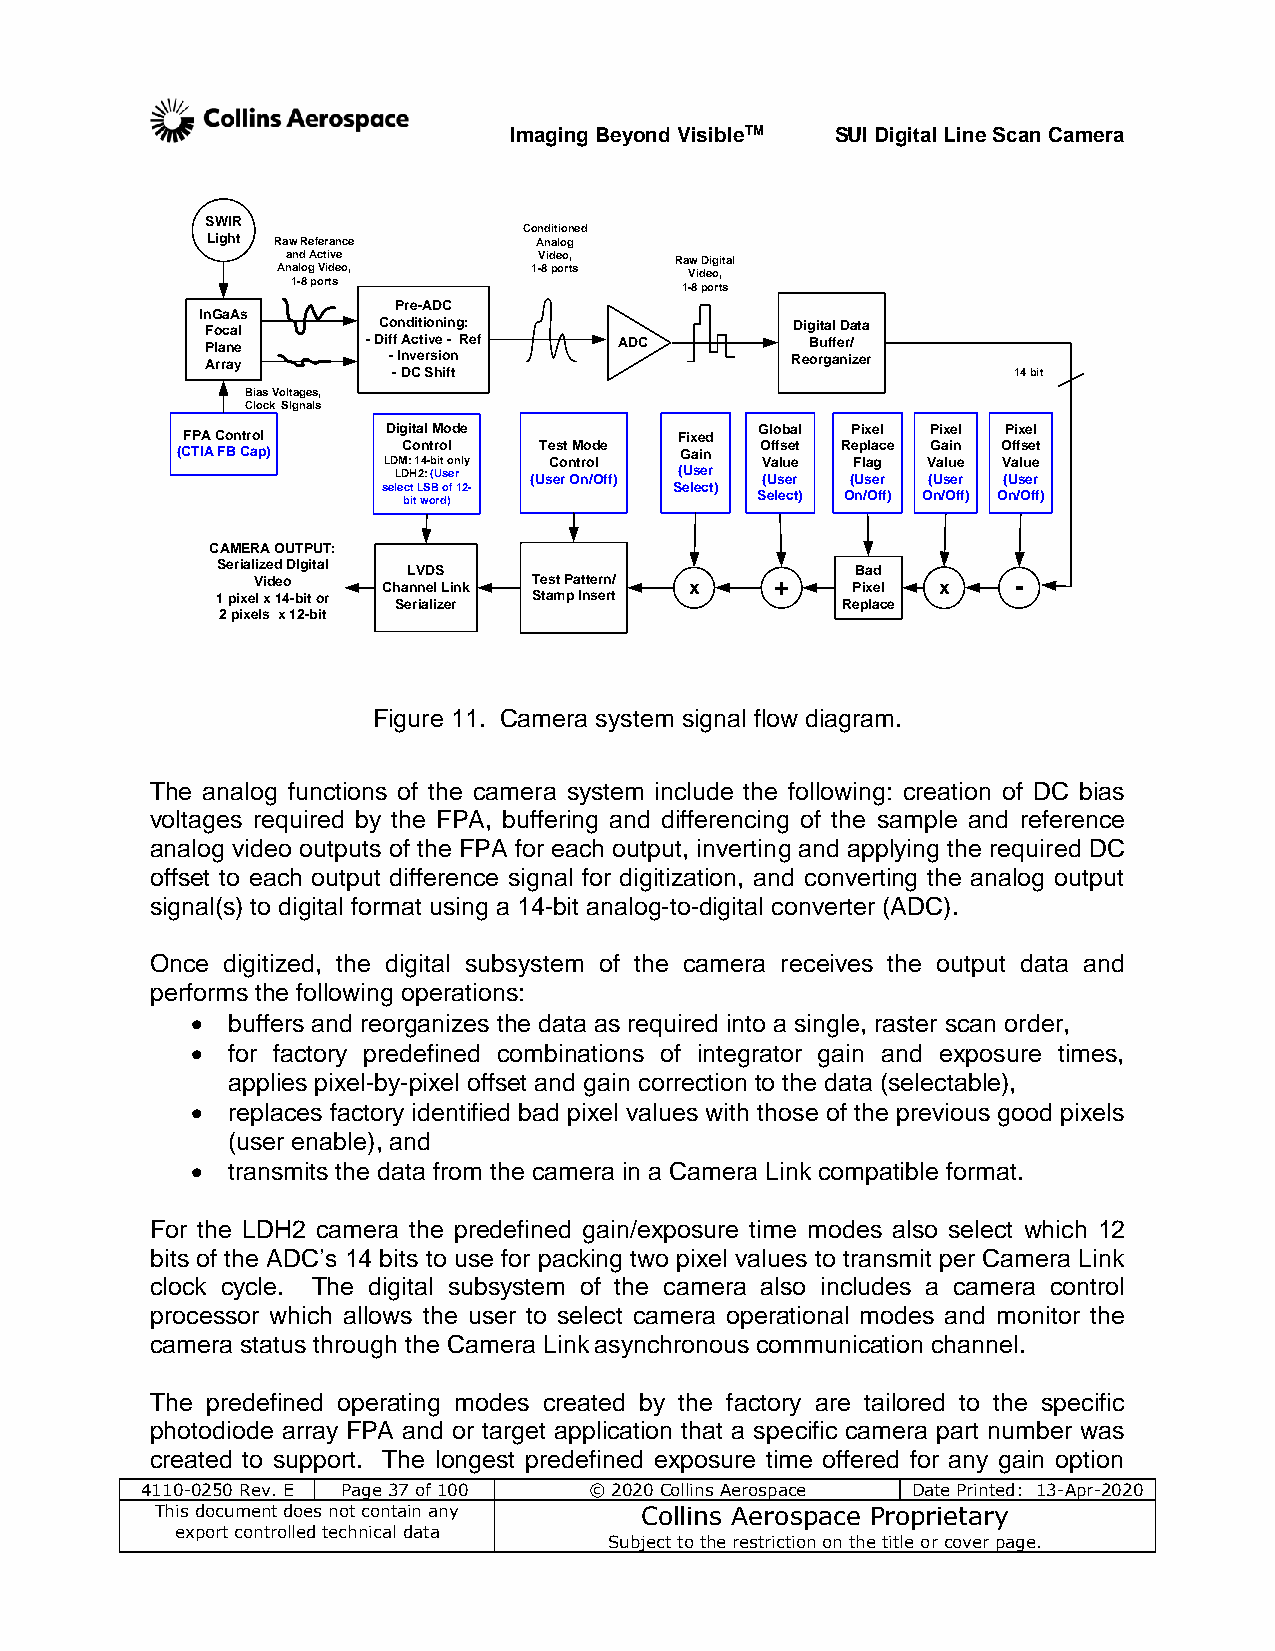
Imaging Beyond VisibleTM SUI Digital Line Scan Camera
 SWIR
 Conditioned
 Light Raw Referance  Analog
 and Active       Video,   Raw Digital
 Analog Video,    1-8 ports  Video,
 1-8 ports                 1-8 ports
 Pre-ADC
 InGaAs
 Focal      Conditioning:               Digital Data
 Plane     - Diff Active - Ref ADC       Buffer/
 Array       - Inversion               Reorganizer
 - DC Shift                               14 bit
 Bias Voltages,
 Clock SIgnals
 Digital Mode            Global Pixel Pixel Pixel
 FPA Control                      Fixed
 Control  Test Mode     Offset Replace Gain Offset
 (CTIA FB Cap)                    Gain
 LDM: 14-bit only Control Value Flag Value Value
 LDH2: (User (User On/Off) (User (User (User (User (User
 select LSB of 12-   Select)
 bit word)              Select) On/Off) On/Off) On/Off)
 CAMERA OUTPUT:
 Serialized DIgital LVDS                    Bad
 Video   Channel Link Test Pattern/ x + Pixel x    -
 1 pixel x 14-bit or Serializer Stamp Insert Replace
 2 pixels x 12-bit
 Figure 11. Camera system signal flow diagram.
 The analog functions of the camera system include the following: creation of DC bias
 voltages required by the FPA, buffering and differencing of the sample and reference
 analog video outputs of the FPA for each output, inverting and applying the required DC
 offset to each output difference signal for digitization, and converting the analog output
 signal(s) to digital format using a 14-bit analog-to-digital converter (ADC).
 Once digitized, the digital subsystem of the camera receives the output data and
 performs the following operations:
  buffers and reorganizes the data as required into a single, raster scan order,
  for factory predefined combinations of integrator gain and exposure times,
 applies pixel-by-pixel offset and gain correction to the data (selectable),
  replaces factory identified bad pixel values with those of the previous good pixels
 (user enable), and
  transmits the data from the camera in a Camera Link compatible format.
 For the LDH2 camera the predefined gain/exposure time modes also select which 12
 bits of the ADC’s 14 bits to use for packing two pixel values to transmit per Camera Link
 clock cycle. The digital subsystem of the camera also includes a camera control
 processor which allows the user to select camera operational modes and monitor the
 camera status through the Camera Link asynchronous communication channel.
 The predefined operating modes created by the factory are tailored to the specific
 photodiode array FPA and or target application that a specific camera part number was
 created to support. The longest predefined exposure time offered for any gain option
 4110-0250 Rev. E Page 37 of 100 © 2020 Collins Aerospace Date Printed: 13-Apr-2020
 This document does not contain any Collins Aerospace Proprietary
 export controlled technical data
 Subject to the restriction on the title or cover page.